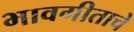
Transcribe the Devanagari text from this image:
भावगीताचे